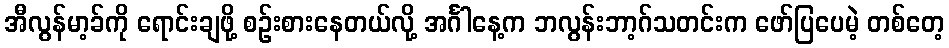
အီလွန်မာ့ခ်ကို ရောင်းချဖို့ စဉ်းစားနေတယ်လို့ အင်္ဂါနေ့က ဘလွန်းဘာ့ဂ်သတင်းက ဖော်ပြပေမဲ့ တစ်တေ့